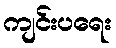
ကျင်းပရေး